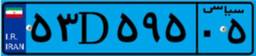
۱۷D۹۳۸۷۸